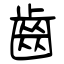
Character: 齒